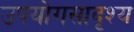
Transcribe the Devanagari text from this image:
उपयोगसादृश्य